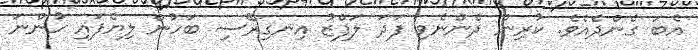
އެބަ ގެންދެއެވެ. ކުރިން ދެންނެވި ފަދަ ލަފްޒު އިނގިރޭސި ބަހުން ލިޔެފައި ހުންނަ